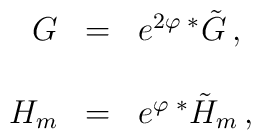
\begin{array}{rcl} G &=& e^{2\varphi}\, {}^{*}\tilde{G}\, ,\\& & \\ H_{m} &=& e^{\varphi}\, {}^{*}\tilde{H}_{m}\, ,\\\end{array}